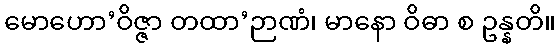
မောဟော’ဝိဇ္ဇာ တထာ’ဉာဏံ၊ မာနော ဝိဓာ စ ဥန္နတိ။